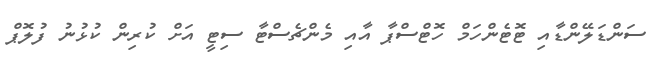
ސަންޑަލޭންޑާއި ޓޮޓެންހަމް ހޮޓްސްޕާ އާއި މެންޗެސްޓާ ސިޓީ އަށް ކުރިން ކުޅުނު ފުލޮޕް